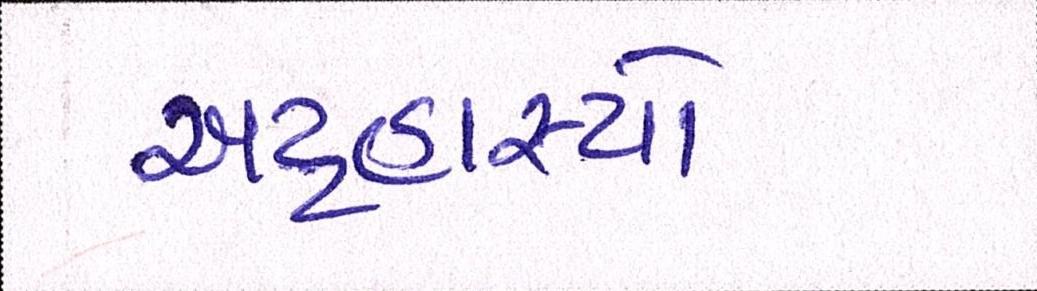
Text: અટ્ટહાસ્યો